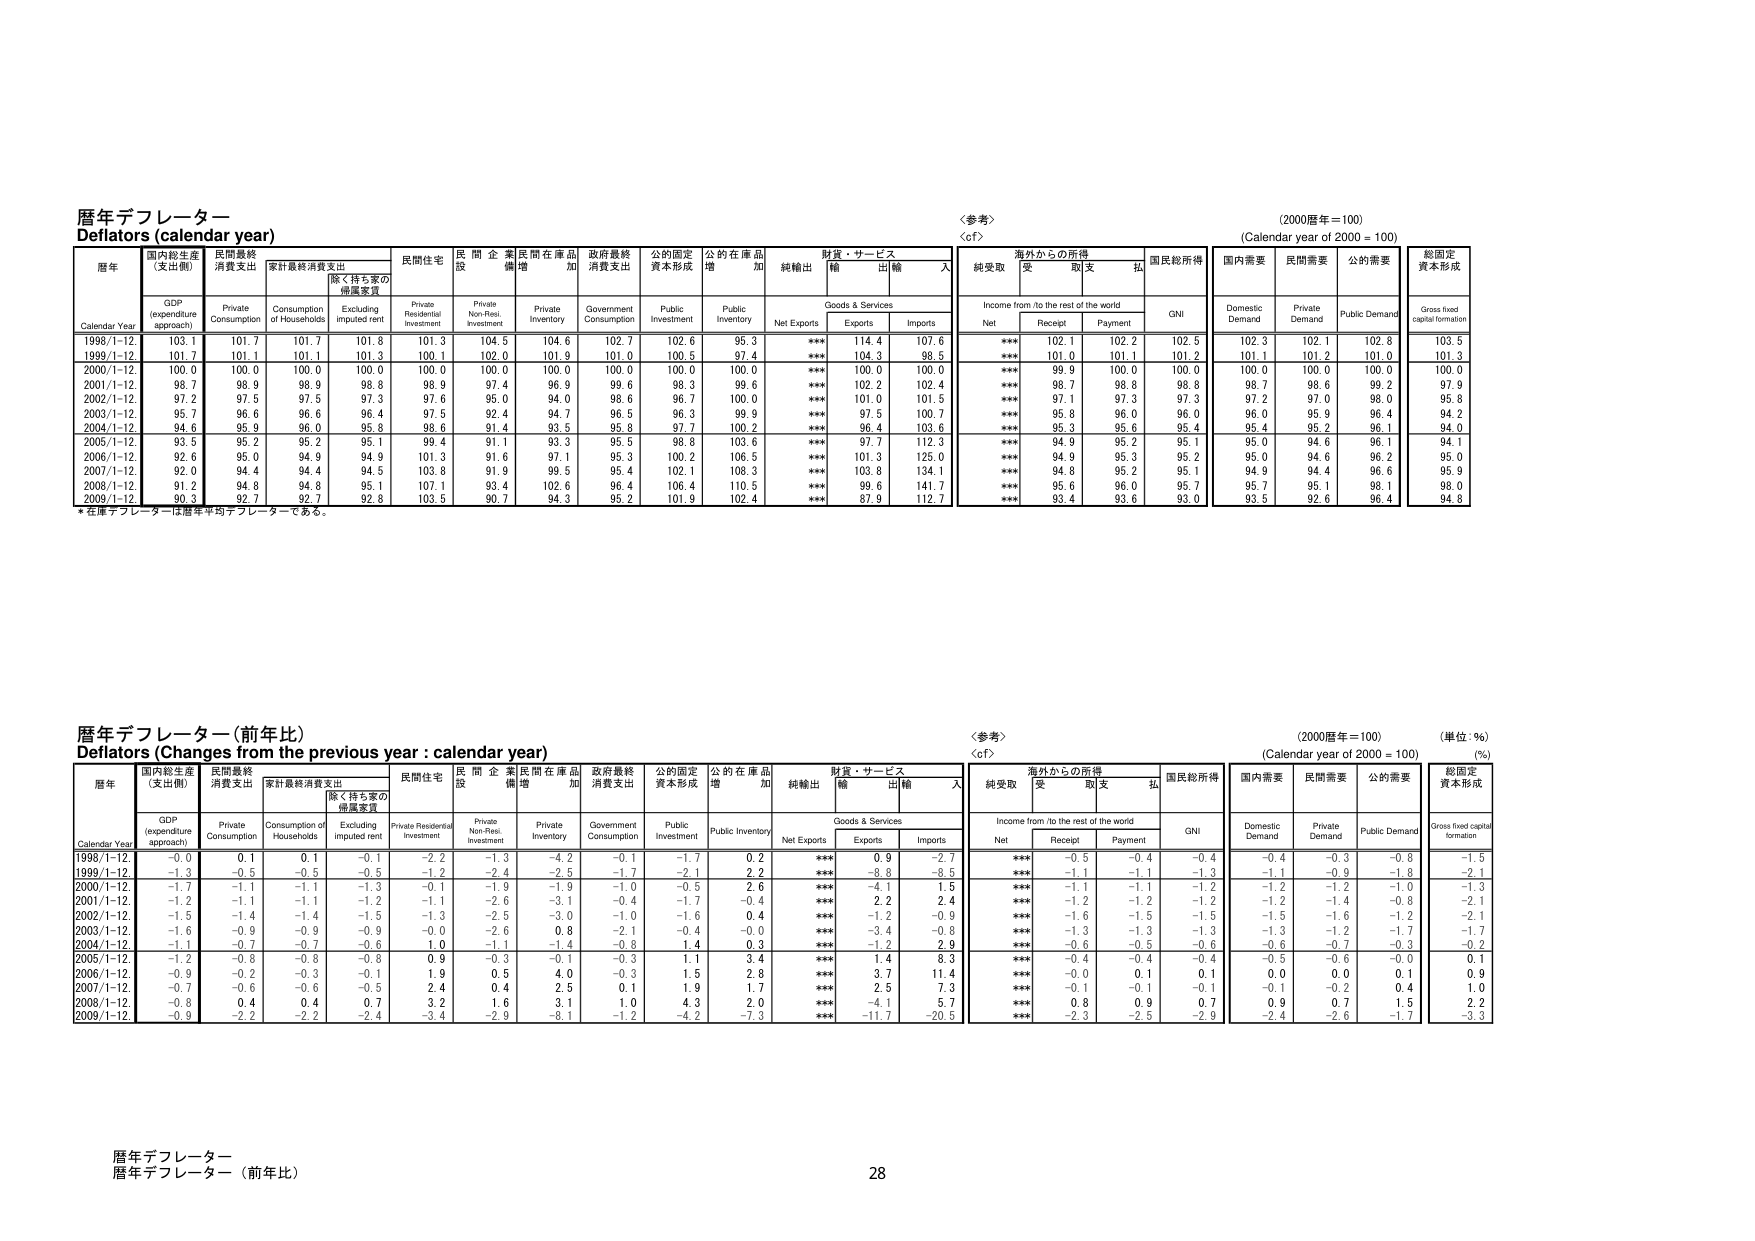
暦年デフレーター
Deflators (calendar year)
(2000暦年＝100)
(Calendar year of 2000 = 100)

暦年
Calendar Year
国内総生産（支出側）
GDP (expenditure approach)
民間最終消費支出
Private Consumption
家計最終消費支出
Consumption of Households
除く持ち家の帰還家賃
Excluding imputed rent
民間住宅
Private Residential Investment
民間企業設備
Private Non-Resi. Investment
民間在庫品増加
Private Inventory
政府最終消費支出
Government Consumption
公的固定資本形成
Public Investment
公的在庫品増加
Public Inventory
純輸出
Net Exports
財貨・サービス
Goods & Services
輸出
Exports
輸入
Imports
＜参考＞
＜cf＞
海外からの所得
Income from /to the rest of the world
純受取
Net
受取
Receipt
支払
Payment
国民総所得
GNI
国内需要
Domestic Demand
民間需要
Private Demand
公的需要
Public Demand
総固定資本形成
Gross fixed capital formation

1998/1-12.
103.1
101.7
101.7
101.8
101.3
104.5
104.6
102.7
102.6
95.3
***
114.4
107.6
***
102.1
102.2
102.5
102.3
102.1
102.8
103.5
1999/1-12.
101.7
101.1
101.1
101.3
100.1
102.0
101.9
101.0
100.5
97.4
***
104.3
98.5
***
101.0
101.1
101.2
101.1
101.2
101.0
101.3
2000/1-12.
100.0
100.0
100.0
100.0
100.0
100.0
100.0
100.0
100.0
100.0
***
100.0
100.0
***
99.9
100.0
100.0
100.0
100.0
100.0
100.0
2001/1-12.
98.7
98.9
98.9
98.8
98.9
97.4
96.9
99.6
98.3
99.6
***
102.2
102.4
***
98.7
98.8
98.8
98.7
98.6
99.2
97.9
2002/1-12.
97.2
97.5
97.5
97.3
97.6
95.0
94.0
98.6
96.7
100.0
***
101.0
101.5
***
97.1
97.3
97.3
97.2
97.0
98.0
95.8
2003/1-12.
95.7
96.6
96.6
96.4
97.5
92.4
94.7
96.5
96.3
99.9
***
97.5
100.7
***
95.8
96.0
96.0
96.0
95.9
96.4
94.2
2004/1-12.
94.6
95.9
96.0
95.8
98.6
91.4
93.5
95.8
97.7
100.2
***
96.4
103.6
***
95.3
95.6
95.4
95.4
95.2
96.1
94.0
2005/1-12.
93.5
95.2
95.2
95.1
99.4
91.1
93.3
95.5
98.8
103.6
***
97.7
112.3
***
94.9
95.2
95.1
95.0
94.6
96.1
94.1
2006/1-12.
92.6
95.0
94.9
94.9
101.3
91.6
97.1
95.3
100.2
106.5
***
101.3
125.0
***
94.9
95.3
95.2
95.0
94.6
96.2
95.0
2007/1-12.
92.0
94.4
94.4
94.5
103.8
91.9
99.5
95.4
102.1
108.3
***
103.8
134.1
***
94.8
95.2
95.1
94.9
94.4
96.6
95.9
2008/1-12.
91.2
94.8
94.8
95.1
107.1
93.4
102.6
96.4
106.4
110.5
***
99.6
141.7
***
95.6
96.0
95.7
95.7
95.1
98.1
98.0
2009/1-12.
90.3
92.7
92.7
92.8
103.5
90.7
94.3
95.2
101.9
102.4
***
87.9
112.7
***
93.4
93.6
93.0
93.5
92.6
96.4
94.8

*在庫デフレーターは暦年平均デフレーターである。

暦年デフレーター（前年比）
Deflators (Changes from the previous year : calendar year)
(2000暦年＝100)
(Calendar year of 2000 = 100)
(単位：％)
(%)

暦年
Calendar Year
国内総生産（支出側）
GDP (expenditure approach)
民間最終消費支出
Private Consumption
家計最終消費支出
Consumption of Households
除く持ち家の帰還家賃
Excluding imputed rent
民間住宅
Private Residential Investment
民間企業設備
Private Non-Resi. Investment
民間在庫品増加
Private Inventory
政府最終消費支出
Government Consumption
公的固定資本形成
Public Investment
公的在庫品増加
Public Inventory
純輸出
Net Exports
財貨・サービス
Goods & Services
輸出
Exports
輸入
Imports
＜参考＞
＜cf＞
海外からの所得
Income from /to the rest of the world
純受取
Net
受取
Receipt
支払
Payment
国民総所得
GNI
国内需要
Domestic Demand
民間需要
Private Demand
公的需要
Public Demand
総固定資本形成
Gross fixed capital formation

1998/1-12.
-0.0
0.1
0.1
-0.1
-2.2
-1.3
-4.2
-0.1
-1.7
0.2
***
0.9
-2.7
***
-0.5
-0.4
-0.4
-0.4
-0.3
-0.8
-1.5
1999/1-12.
-1.3
-0.5
-0.5
-0.5
-1.2
-2.4
-2.5
-1.7
-2.1
2.2
***
-8.8
-8.5
***
-1.1
-1.1
-1.3
-1.1
-0.9
-1.8
-2.1
2000/1-12.
-1.7
-1.1
-1.1
-1.3
-0.1
-1.9
-1.9
-1.0
-0.5
2.6
***
-4.1
1.5
***
-1.1
-1.1
-1.2
-1.2
-1.2
-1.0
-1.3
2001/1-12.
-1.2
-1.1
-1.1
-1.2
-1.1
-2.6
-3.1
-0.4
-1.7
-0.4
***
2.2
2.4
***
-1.2
-1.2
-1.2
-1.2
-1.4
-0.8
-2.1
2002/1-12.
-1.5
-1.4
-1.4
-1.5
-1.3
-2.5
-3.0
-1.0
-1.6
0.4
***
-1.2
-0.9
***
-1.6
-1.5
-1.5
-1.5
-1.6
-1.2
-2.1
2003/1-12.
-1.6
-0.9
-0.9
-0.9
-0.0
-2.6
0.8
-2.1
-0.4
-0.0
***
-3.4
-0.8
***
-1.3
-1.3
-1.3
-1.3
-1.2
-1.7
-1.7
2004/1-12.
-1.1
-0.7
-0.7
-0.6
1.0
-1.1
-1.4
-0.8
1.4
0.3
***
-1.2
2.9
***
-0.6
-0.5
-0.6
-0.6
-0.7
-0.3
-0.2
2005/1-12.
-1.2
-0.8
-0.8
-0.8
0.9
-0.3
-0.1
-0.3
1.1
3.4
***
1.4
8.3
***
-0.4
-0.4
-0.4
-0.5
-0.6
-0.0
0.1
2006/1-12.
-0.9
-0.2
-0.3
-0.1
1.9
0.5
4.0
-0.3
1.5
2.8
***
3.7
11.4
***
-0.0
0.1
0.1
0.0
0.0
0.1
0.9
2007/1-12.
-0.7
-0.6
-0.6
-0.5
2.4
0.4
2.5
0.1
1.9
1.7
***
2.5
7.3
***
-0.1
-0.1
-0.1
-0.1
-0.2
0.4
1.0
2008/1-12.
-0.8
0.4
0.4
0.7
3.2
1.6
3.1
1.0
4.3
2.0
***
-4.1
5.7
***
0.8
0.9
0.7
0.9
0.7
1.5
2.2
2009/1-12.
-0.9
-2.2
-2.2
-2.4
-3.4
-2.9
-8.1
-1.2
-4.2
-7.3
***
-11.7
-20.5
***
-2.3
-2.5
-2.0
-2.4
-2.6
-1.7
-3.3

暦年デフレーター
暦年デフレーター（前年比）
28